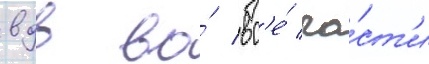
вдв во́ вс'е́ ча́ст'и